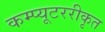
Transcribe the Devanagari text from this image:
कम्प्यूटररीकृत